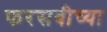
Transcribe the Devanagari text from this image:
फरसबीच्या